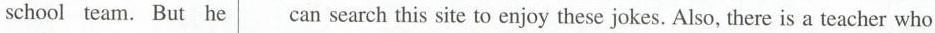
school team. But he can search this site to enjoy these jokes. Also, there is a teacher who